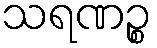
သရဏဉ္စ